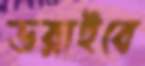
ডরাইবে